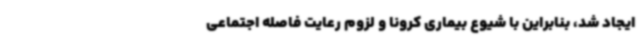
ایجاد شد، بنابراین با شیوع بیماری کرونا و لزوم رعایت فاصله اجتماعی